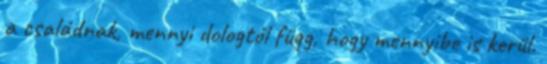
a családnak, mennyi dologtól függ, hogy mennyibe is kerül.